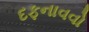
દફનાવવો